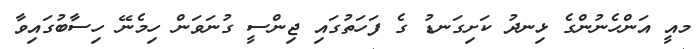
މއީ އަންހެނުންގެ ޅިނދު ކަށިގަނޑު ގެ ފަހަތުގައި ޖިންސީ ގުނަވަން ހިމެނޭ ހިސާބުގައިވާ